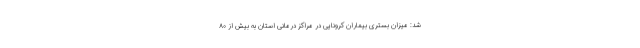
شد: میزان بستری بیماران کرونایی در مراکز درمانی استان به بیش از ۸۰